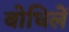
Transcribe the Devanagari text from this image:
बोधिलें